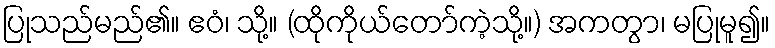
ပြုသည်မည်၏။ ဧဝံ၊ သို့။ (ထိုကိုယ်တော်ကဲ့သို့။) အကတွာ၊ မပြုမူ၍။